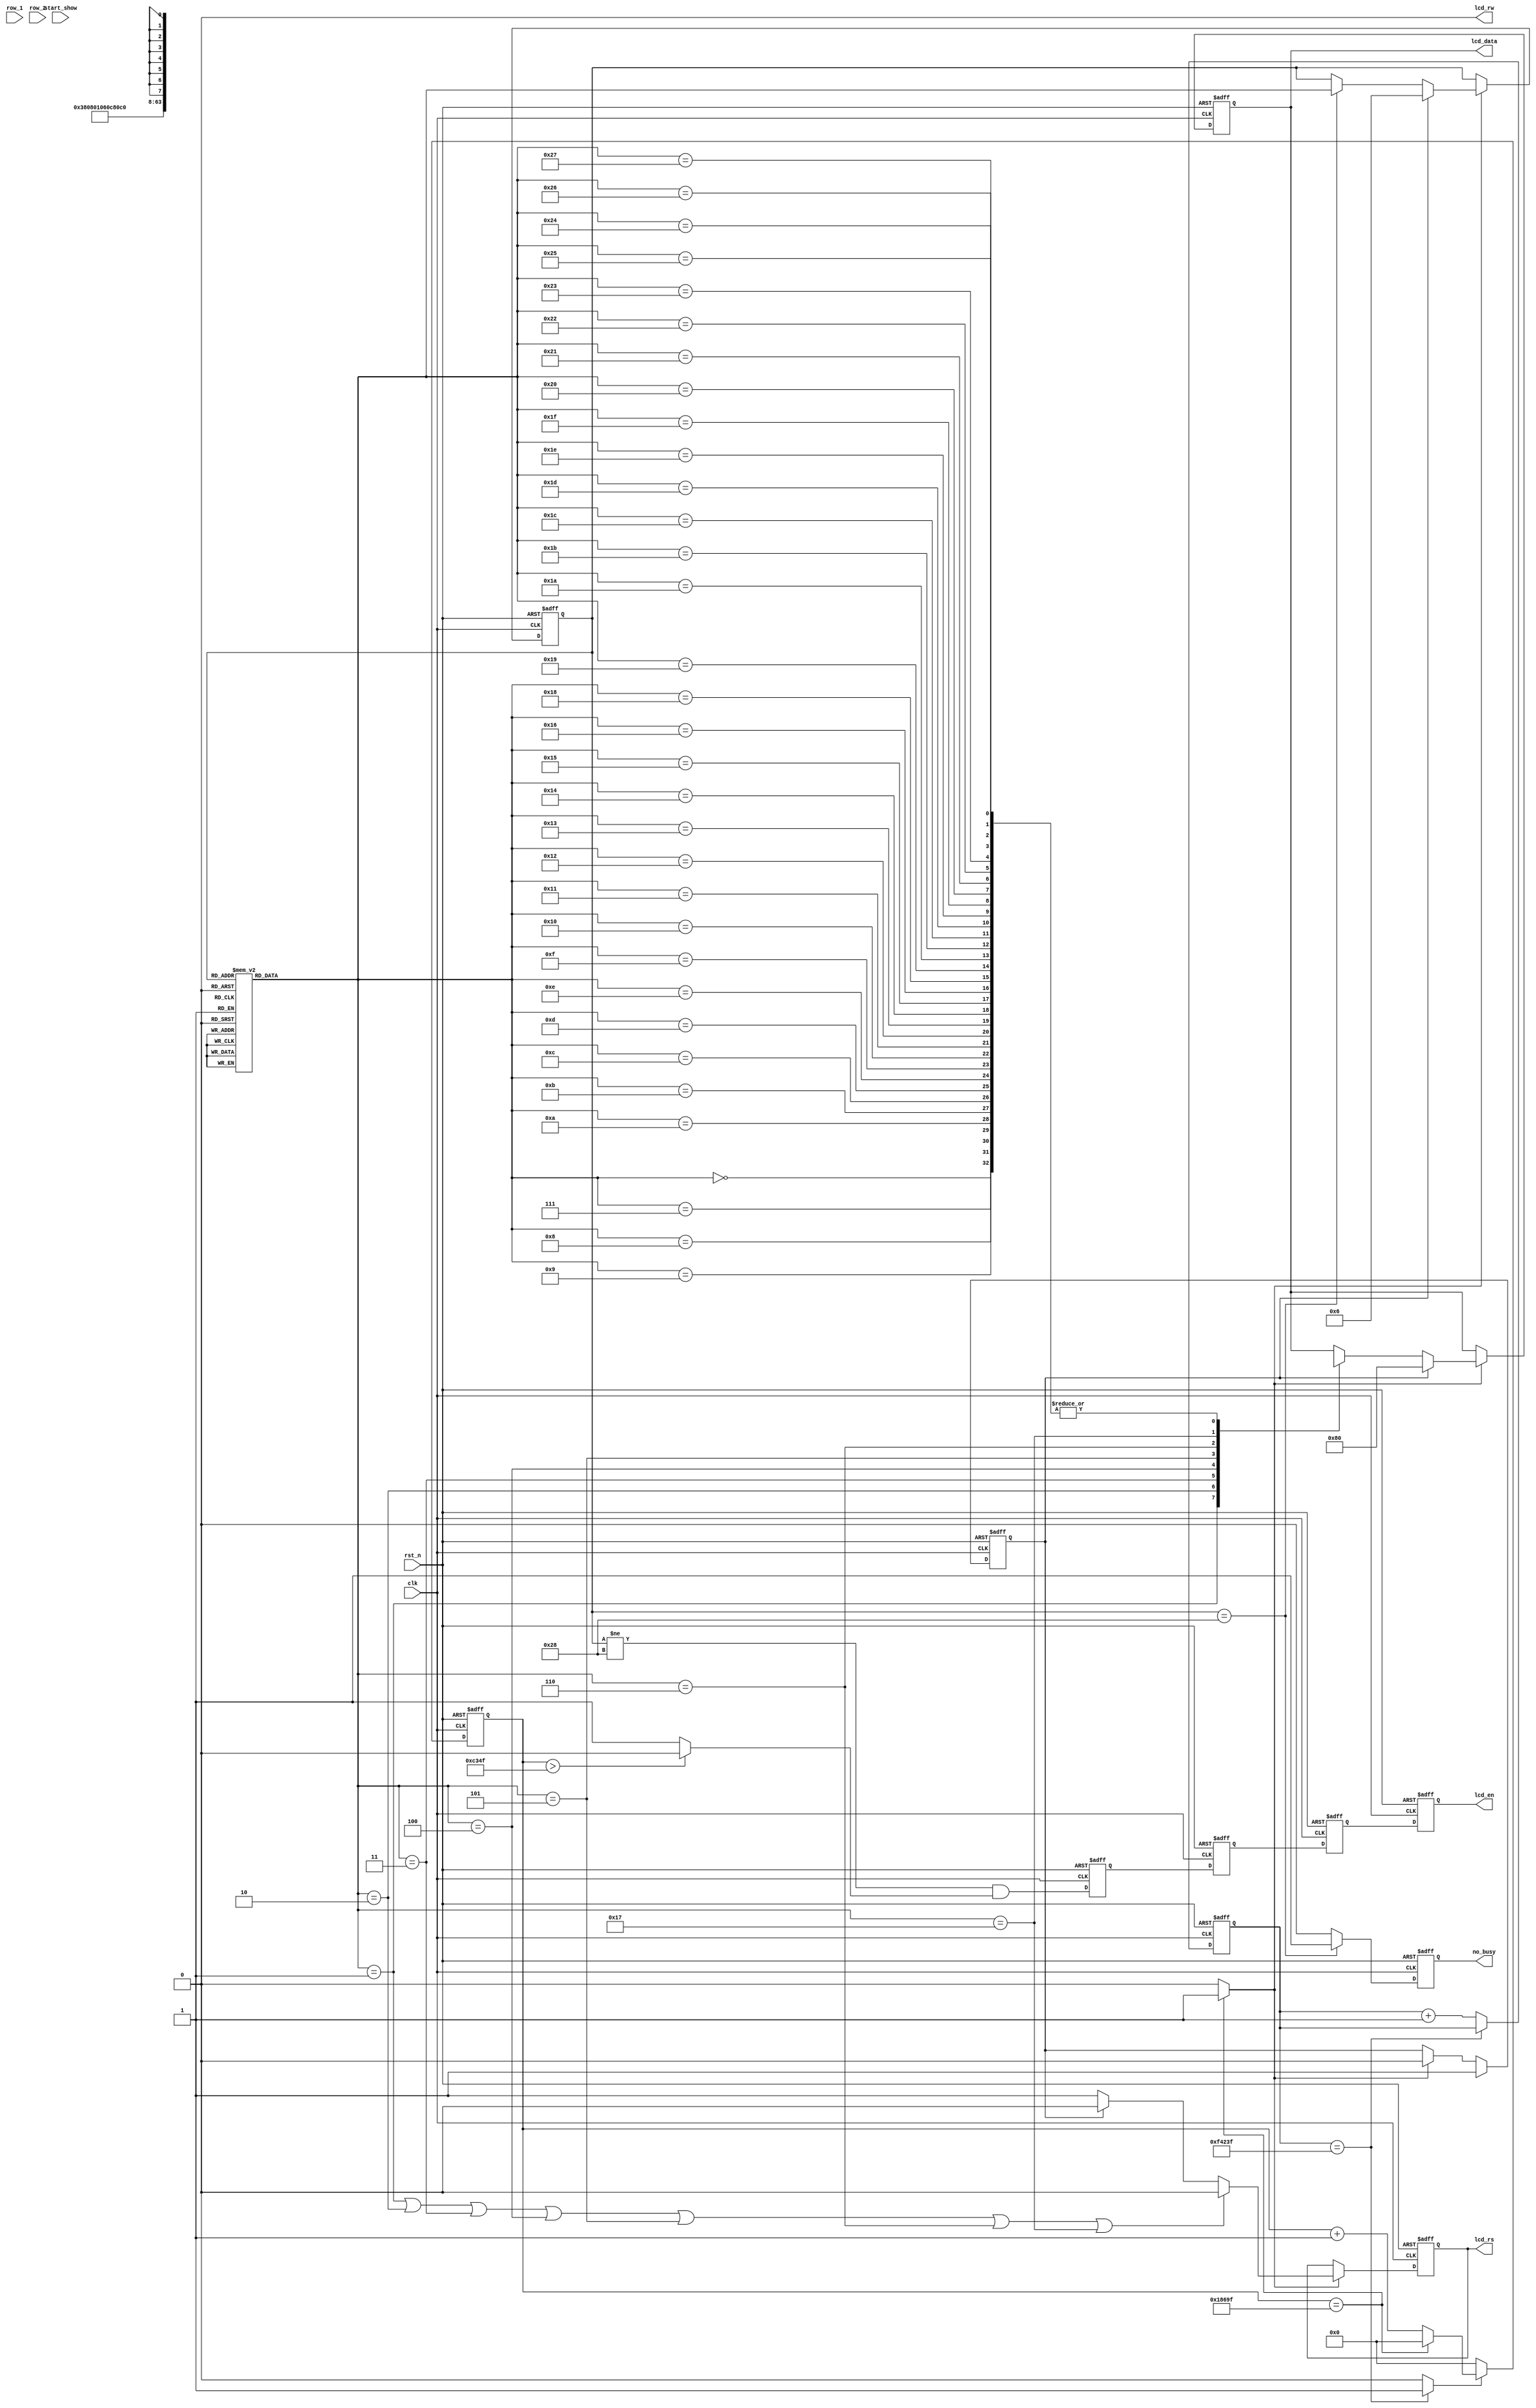
module lcd_1602_driver (
				clk,
				rst_n,
				lcd_en,
				lcd_rw,
				lcd_rs,
				lcd_data,
				start_show,
				row_1,
				row_2,
				no_busy
				);

input			clk;
input			rst_n;

input			start_show;
output			lcd_en;
output			lcd_rw;
output			lcd_rs;
output	[7:0]	lcd_data;

input	[127:0]	row_1;
input	[127:0]	row_2;
output			no_busy;

wire			clk;
wire			rst_n;
reg				lcd_en;
wire			lcd_rw;
reg		[7:0]	lcd_data;
reg				lcd_rs;
reg		[5:0]	c_state;
reg		[5:0]	n_state;

wire			lcd_en_pre;
wire			lcd_en_wire;

reg				lcd_en_wire_ff1;
reg				lcd_en_wire_ff2;
reg				lcd_en_wire_ff3;

reg				start_flag;
reg				no_busy;

wire	[127:0]	row_1;
wire	[127:0]	row_2;

//*********************************************************************//
//initialize
//first step is waiting more than 20 ms
parameter TIME_20MS = 1000_000;  //200000000/20=1000000
//parameter TIME_15MS = 9'h100; //just for test 
parameter TIME_500HZ = 100_000;
//parameter TIME 500Hz= 4'hf; //iust for test
//use gray code
parameter	IDLE = 8'h00;
parameter	SET_FUNCTION = 8'h01;
parameter	DISP_OFF = 8'h02;
parameter	DISP_CLEAR = 8'h03;
parameter	ENTRY_MODE = 8'h04;
parameter	DISP_ON = 8'h05;
parameter	ROW1_ADDR = 8'h06;
parameter	ROW1_0 = 8'h07;
parameter	ROW1_1 = 8'h08;
parameter	ROW1_2 = 8'h09;
parameter	ROW1_3 = 8'h0A;
parameter	ROW1_4 = 8'h0B;
parameter	ROW1_5 = 8'h0C;
parameter	ROW1_6 = 8'h0D;
parameter	ROW1_7 = 8'h0E;
parameter	ROW1_8 = 8'h0F;
parameter	ROW1_9 = 8'h10;
parameter	ROW1_A = 8'h11;
parameter	ROW1_B = 8'h12;
parameter	ROW1_C = 8'h13;
parameter	ROW1_D = 8'h14;
parameter	ROW1_E = 8'h15;
parameter	ROW1_F = 8'h16;

parameter	ROW2_ADDR = 8'h17;
parameter	ROW2_0 = 8'h18;
parameter	ROW2_1 = 8'h19;
parameter	ROW2_2 = 8'h1A;
parameter	ROW2_3 = 8'h1B;
parameter	ROW2_4 = 8'h1C;
parameter	ROW2_5 = 8'h1D;
parameter	ROW2_6 = 8'h1E;
parameter	ROW2_7 = 8'h1F;
parameter	ROW2_8 = 8'h20;
parameter	ROW2_9 = 8'h21;
parameter	ROW2_A = 8'h22;
parameter	ROW2_B = 8'h23;
parameter	ROW2_C = 8'h24;
parameter	ROW2_D = 8'h25;
parameter	ROW2_E = 8'h26;
parameter	ROW2_F = 8'h27;
parameter	SHOW_END = 8'h28;

//20ms
reg		[19:0]	cnt_20ms;
always @(posedge clk or negedge rst_n) begin
	if(rst_n == 1'b0) begin
		cnt_20ms <= 0;
	end
	else if(cnt_20ms == TIME_20MS - 1) begin
		cnt_20ms <= cnt_20ms;
	end
	else
		cnt_20ms <= cnt_20ms + 1;
end
wire	delay_done = (cnt_20ms == TIME_20MS - 1) ? 1'b1 : 1'b0;

/*****************************************************************/
//500ns  LCD1602    500HZ,FPGA 50Mhz
reg		[19:0]	cnt_500hz;
always	@(posedge clk or negedge rst_n) begin
	if(rst_n == 1'b0) begin
		cnt_500hz <= 0;
	end
	else if(delay_done == 1) begin
		if(cnt_500hz == TIME_500HZ - 1)
			cnt_500hz <= 0;
		else
			cnt_500hz <= cnt_500hz + 1;
	end
	else
		cnt_500hz <= 0;
end

assign lcd_en_pre = (cnt_500hz > (TIME_500HZ - 1)/2) ? 1'b0 : 1'b1;
assign lcd_en_wire = (c_state != SHOW_END) & lcd_en_pre;
assign write_flag = (cnt_500hz == TIME_500HZ - 1) ? 1'b1 : 1'b0;

/***********************************************************************/
//set function, display off, display clear, entry mode set
//for timing delay lcd_en
always @(posedge clk or negedge rst_n) begin
	if(rst_n == 1'b0) begin
		lcd_en <= 1'b0;
		lcd_en_wire_ff1 <= 1'b0;
		lcd_en_wire_ff2 <= 1'b0;
		lcd_en_wire_ff3 <= 1'b0;
	end
	else begin
		lcd_en <= lcd_en_wire_ff3;
		lcd_en_wire_ff1 <= lcd_en_wire;
		lcd_en_wire_ff2 <= lcd_en_wire_ff1;
		lcd_en_wire_ff3 <= lcd_en_wire_ff2;
	end
end

/****************************************************************/
//busy
always @(posedge clk or negedge rst_n) begin
	if(rst_n == 1'b0) begin
		no_busy <= 1'b0;
	end
	else begin
		if(c_state == SHOW_END) begin
			no_busy <= 1'b1;
		end
		else begin
			no_busy <= 1'b0;
		end
	end
end

/*********************************************************************/
//shart_show
always @(posedge clk or negedge rst_n) begin
	if(rst_n == 1'b0) begin
		start_flag <= 1'b0;
	end
	else begin
		if(shart_show) begin
			start_flag <= 1'b1;
		end
		else if(write_flag == 1) begin
			start_flag <= 1'b0;
		end
	end
end

/********************************************************************/
always @(posedge clk or negedge rst_n) begin
	if(rst_n == 1'b0) begin
		c_state <= IDLE;
	end
	else if(write_flag == 1) begin
		if(start_flag == 1'b1) begin
			c_state <= ROW1_ADDR;
		end
		else if(c_state == SHOW_END) begin
			c_state <= n_state;
		end
	end
	else begin
		c_state <= c_state;
	end
end

/*************************************************************************/
always @(*) begin
	case(c_state)
		IDLE: n_state = SET_FUNCTION;
		SET_FUNCTION: n_state = DISP_OFF;
		DISP_OFF: n_state = DISP_CLEAR;
		DISP_CLEAR: n_state = ENTRY_MODE;
		ENTRY_MODE: n_state = DISP_ON;
		DISP_ON: n_state = ROW1_ADDR;
		ROW1_ADDR: n_state = ROW1_0;
		ROW1_0: n_state = ROW1_1;
		ROW1_1: n_state = ROW1_2;
		ROW1_2: n_state = ROW1_3;
		ROW1_3: n_state = ROW1_4;
		ROW1_4: n_state = ROW1_5;
		ROW1_5: n_state = ROW1_6;
		ROW1_6: n_state = ROW1_7;
		ROW1_7: n_state = ROW1_8;
		ROW1_8: n_state = ROW1_9;
		ROW1_9: n_state = ROW1_A;
		ROW1_A: n_state = ROW1_B;
		ROW1_B: n_state = ROW1_C;
		ROW1_C: n_state = ROW1_D;
		ROW1_D: n_state = ROW1_E;
		ROW1_E: n_state = ROW1_F;		
		ROW1_F: n_state = ROW2_ADDR;
		
		ROW2_ADDR: n_state = ROW2_0;
		ROW2_0: n_state = ROW2_1;
		ROW2_1: n_state = ROW2_2;
		ROW2_2: n_state = ROW2_3;
		ROW2_3: n_state = ROW2_4;
		ROW2_4: n_state = ROW2_5;
		ROW2_5: n_state = ROW2_6;
		ROW2_6: n_state = ROW2_7;
		ROW2_7: n_state = ROW2_8;
		ROW2_8: n_state = ROW2_9;
		ROW2_9: n_state = ROW2_A;
		ROW2_A: n_state = ROW2_B;
		ROW2_B: n_state = ROW2_C;
		ROW2_C: n_state = ROW2_D;
		ROW2_D: n_state = ROW2_E;
		ROW2_E: n_state = ROW2_F;		
		ROW2_F: n_state = SHOW_END;		
		default: n_state = SHOW_END;
	endcase
end

/*******************************************************************/
assign lcd_rw = 0;
always @(posedge clk or negedge rst_n) begin
	if(rst_n == 1'b0) begin
		lcd_rs <= 0;
	end
	else if(write_flag == 1) begin
		if((n_state == SET_FUNCTION) || (n_state == DISP_OFF)||
			(n_state == DISP_CLEAR) || (n_state == ENTRY_MODE) ||
			(n_state == DISP_ON) || (n_state ==ROW1_ADDR) ||
			(n_state == ROW2_ADDR)) begin
			lcd_rs <= 0;
		end
		else if(start_flag) begin
			lcd_rs <= 0;
		end
		else begin
			lcd_rs <= 1;
		end
	end
	else begin
		lcd_rs <= lcd_rs;
	end
end

always @(posedge clk or negedge rst_n) begin
	if(rst_n == 1'b0) begin
		lcd_data <= 0;	
	end
	else if(write_flag) begin
		if(start_flag) begin
			lcd_data <= 8'h80;
		end
		else begin
			case(n_state)
				IDLE: lcd_data <= 8'hxx;
				SET_FUNCTION: lcd_data <= 8'h38;  //2*16  5*8 8
				DISP_OFF: lcd_data <= 8'h08;
				DISP_CLEAR: lcd_data <= 8'h01;
				ENTRY_MODE: lcd_data <= 8'h06;
				DISP_ON: lcd_data <= 8'h0c;
				ROW1_ADDR: lcd_data <= 8'h80; //00+80
				ROW1_0: lcd_data <= ROW_1 [127:120];
				ROW1_1: lcd_data <= ROW_1 [119:112];
				ROW1_2: lcd_data <= ROW_1 [111:104];
				ROW1_3: lcd_data <= ROW_1 [103:96];
				ROW1_4: lcd_data <= ROW_1 [95:88];
				ROW1_5: lcd_data <= ROW_1 [87:80];
				ROW1_6: lcd_data <= ROW_1 [79:72];
				ROW1_7: lcd_data <= ROW_1 [71:64];
				ROW1_8: lcd_data <= ROW_1 [63:56];
				ROW1_9: lcd_data <= ROW_1 [55:48];
				ROW1_A: lcd_data <= ROW_1 [47:40];
				ROW1_B: lcd_data <= ROW_1 [39:32];
				ROW1_C: lcd_data <= ROW_1 [31:24];
				ROW1_D: lcd_data <= ROW_1 [23:16];
				ROW1_E: lcd_data <= ROW_1 [15:8];
				ROW1_F: lcd_data <= ROW_1 [7:0];
				
				ROW2_ADDR: lcd_data <= 8'hc0;     //40+80
				ROW2_0: lcd_data <= ROW_2 [127:120];
				ROW2_1: lcd_data <= ROW_2 [119:112];
				ROW2_2: lcd_data <= ROW_2 [111:104];
				ROW2_3: lcd_data <= ROW_2 [103:96];
				ROW2_4: lcd_data <= ROW_2 [95:88];
				ROW2_5: lcd_data <= ROW_2 [87:80];
				ROW2_6: lcd_data <= ROW_2 [79:72];
				ROW2_7: lcd_data <= ROW_2 [71:64];
				ROW2_8: lcd_data <= ROW_2 [63:56];
				ROW2_9: lcd_data <= ROW_2 [55:48];
				ROW2_A: lcd_data <= ROW_2 [47:40];
				ROW2_B: lcd_data <= ROW_2 [39:32];
				ROW2_C: lcd_data <= ROW_2 [31:24];
				ROW2_D: lcd_data <= ROW_2 [23:16];
				ROW2_E: lcd_data <= ROW_2 [15:8];
				ROW2_F: lcd_data <= ROW_2 [7:0];
			endcase
		end
	end
	else begin
		lcd_data <= lcd_data;
	end
end

endmodule